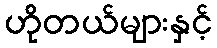
ဟိုတယ်များနှင့်